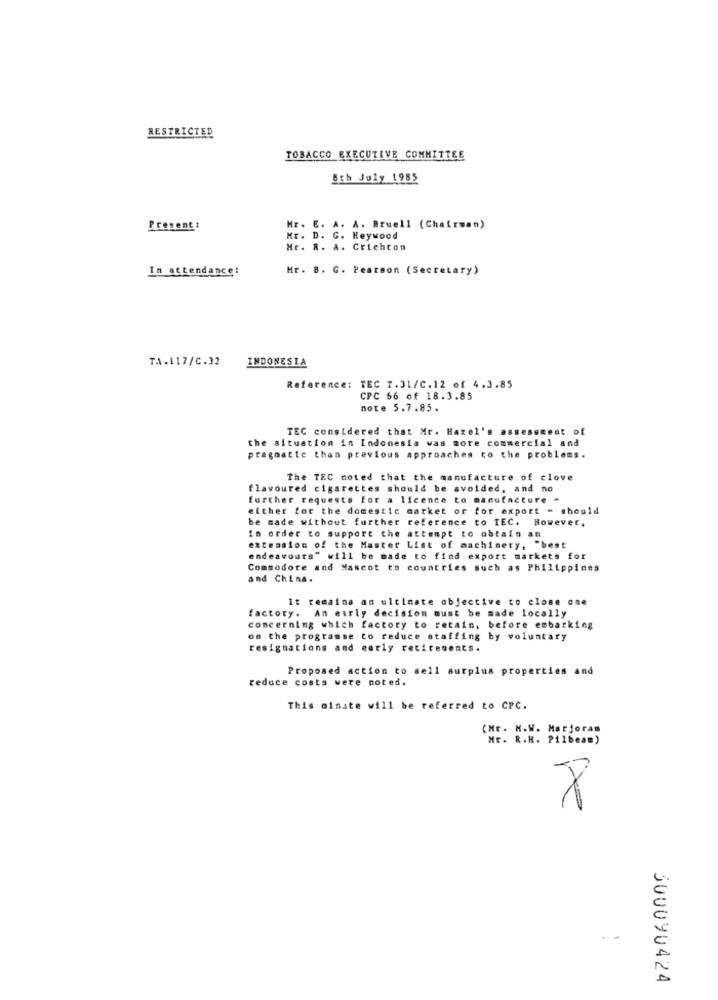
RESTRICTED
TOBACCO EXECUTIVE COMMITTEE
8th July 1985
Present:
Mr. E. A. A. Bruell (Chairman)
Mr. D. G. Heywood
Mr. R. A. Crichton
In attendance:
Mr. B. G. Pearson (Secretary)
TA.117/C.32
INDONESIA
Reference: TEC 7.31/C.12 of 4.3.85
CPC 66 of 18.3.85
note 5.7.85.
TEC considered that Mr. Hazel's assessment of
the situation in Indonesia was more commercial and
pragmatte than previous approaches to the problems.
The TEC noted that the manufacture of clove
flavoured cigarettes should be avoided, and no
further requests for a licence to manufacture -
either for the domestic market or for export - should
be made without further reference to TEC.
However,
in order to support the attempt to obtain an
extension of the Master List of machinery, "best
endeavours" will be made to find export markets for
Commodore and Mascot to countries such as Philippines
and China.
It remains an ultimate objective to close one
factory. An early decision must be made locally
concerning which factory to retain, before embarking
on the programme to reduce staffing by voluntary
resignations and early retirements.
Proposed action to sell surplus properties and
reduce costs were noted.
This minste will be referred to CPC.
(Mr. M.W. Marjoram
Mr. R.H. Pilbeam)
300090424